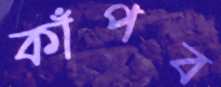
কাঁপব